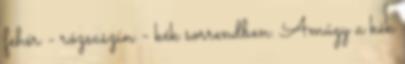
fehér - rózsaszín - kék sorrendben. Amúgy a kék